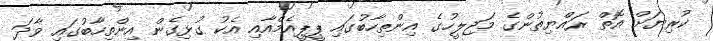
ކުރިޔަށް އޮތް ރައްޔިތުންގެ މަޖިލީހުގެ އިންތިހާބުގައި ޕީޕީއެމްއާއި އެކު ގުޅިގެން އިންތިހާބުގައި ވާދަ